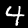
Digit: 4